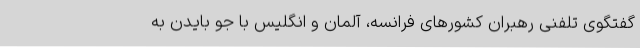
گفتگوی تلفنی رهبران کشورهای فرانسه، آلمان و انگلیس با جو بایدن به